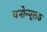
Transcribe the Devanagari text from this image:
वनोन्मूलक